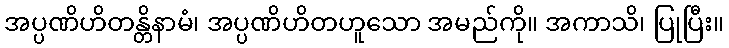
အပ္ပဏိဟိတန္တိနာမံ၊ အပ္ပဏိဟိတဟူသော အမည်ကို။ အကာသိ၊ ပြုပြီး။